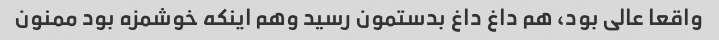
واقعا عالی بود، هم داغ داغ بدستمون رسید وهم اینکه خوشمزه بود ممنون